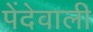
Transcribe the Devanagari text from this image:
पेंदेवाली